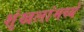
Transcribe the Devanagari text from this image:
शृंखलांमध्ये